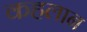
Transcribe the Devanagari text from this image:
कहलान